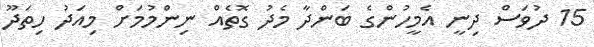
15 ދުވަސް ދިނީ އެމީހުންގެ ބަންދާ މެދު ގޮތެއް ނިންމުމަށް މިއަދު ހިތަދޫ